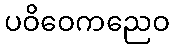
ပဝိဝေကညေဝ